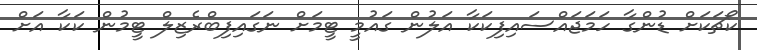
ކޯޗަކަށް ޑުންގާ ހަމަޖައްސައިފިކަކާ އަލުން ގައުމީ ޓީމަށް ނަގައިފިބްރެޒިލް ޓީމުން ކަކާ އަށް